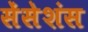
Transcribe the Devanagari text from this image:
सेंसेशंस